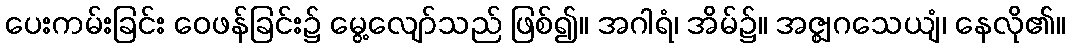
ပေးကမ်းခြင်း ဝေဖန်ခြင်း၌ မွေ့လျော်သည် ဖြစ်၍။ အဂါရံ၊ အိမ်၌။ အဇ္ဈဂသေယျံ၊ နေလို၏။